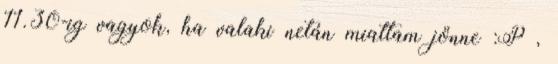
11.30-ig vagyok, ha valaki netán miattam jönne :P ,